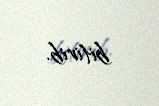
bitirib.